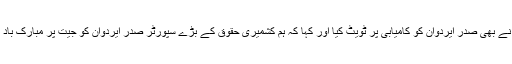
مقبوضہ کشمیر سے کشمیری رہنما میر واعظ عمر فاروق نے بھی صدر ایردوان کو کامیابی پر ٹویٹ کیا اور کہا کہ ہم کشمیری حقوق کے بڑے سپورٹر صدر ایردوان کو جیت پر مبارک باد پیش کرتے ہیں اور ہماری دعاییں ترک عوام کے ساتھ ہیں۔